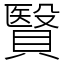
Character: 贀